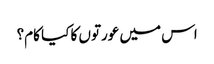
اس میں عورتوں کا کیا کام؟